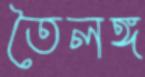
তৈলঙ্গ